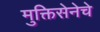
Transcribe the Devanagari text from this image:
मुक्तिसेनेचे